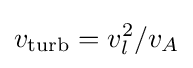
v_{\text{turb}}=v_{l}^{2}/v_{A}